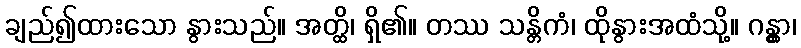
ချည်၍ထားသော နွားသည်။ အတ္ထိ၊ ရှိ၏။ တဿ သန္တိကံ၊ ထိုနွားအထံသို့။ ဂန္တွာ၊